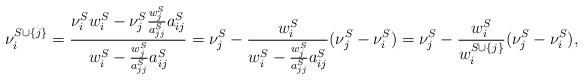
LaTeX: \begin{align*}\nu_i^{S \cup \{j\}} & =\frac{\nu_i^S w_i^S - \nu_j^S \frac{w_j^S}{a_{jj}^S} a_{ij}^S}{w_i^S - \frac{w_j^S}{a_{jj}^S} a_{ij}^S} = \nu_j^S - \frac{w_i^S}{w_i^S - \frac{w_j^S}{a_{jj}^S} a_{ij}^S} (\nu_j^S - \nu_i^S) = \nu_j^S - \frac{w_i^S}{w_i^{S \cup \{j\}}}(\nu_j^S - \nu_i^S),\end{align*}